Civil Veterinary Dept. North-West Frontier Province 1901-22 - 1901-1922
Year: 1901
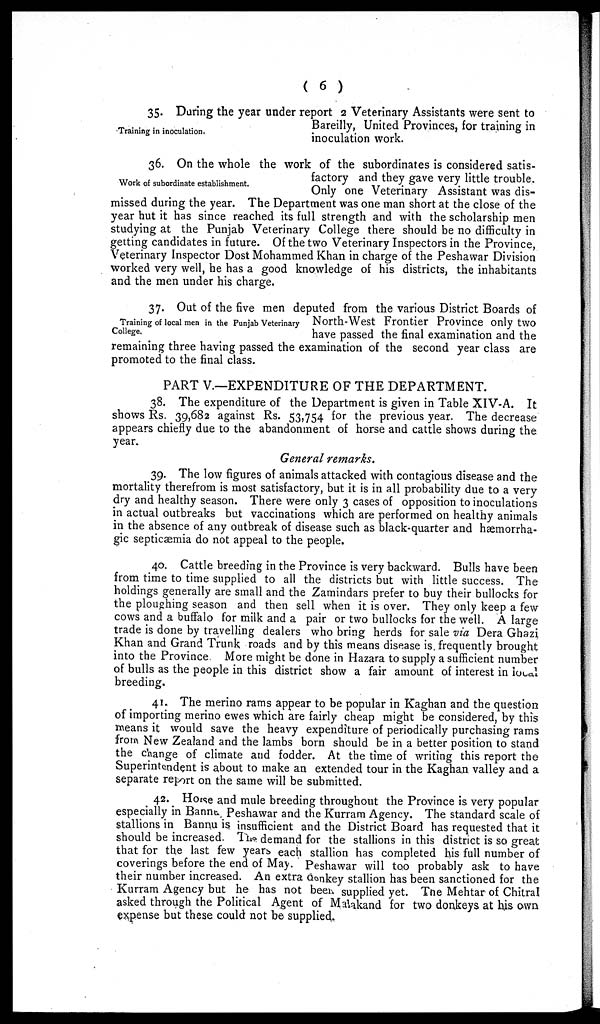
( 6 )
Training in inoculation.
35. During the year under report 2 Veterinary Assistants were sent to
Bareilly, United Provinces, for training in
inoculation work.
Work of subordinate establishment.
36. On the whole the work of the subordinates is considered satis-
factory and they gave very little trouble.
Only one Veterinary Assistant was dis-
missed during the year. The Department was one man short at the close of the
year hut it has since reached its full strength and with the scholarship men
studying at the Punjab Veterinary College there should be no difficulty in
getting candidates in future. Of the two Veterinary Inspectors in the Province,
Veterinary Inspector Dost Mohammed Khan in charge of the Peshawar Division
worked very well, he has a good knowledge of his districts, the inhabitants
and the men under his charge.
Training of local men in the Punjab Veterinary
College
37. Out of the five men deputed from the various District Boards of
North-West Frontier Province only two
have passed the final examination and the
remaining three having passed the examination of the second year class are
promoted to the final class.
PART V.—EXPENDITURE OF THE DEPARTMENT.
38. The expenditure of the Department is given in Table XIV-A. It
shows Rs. 39,682 against Rs. 53,754 for the previous year. The decrease
appears chiefly due to the abandonment of horse and cattle shows during the
year.
General remarks.
39. The low figures of animals attacked with contagious disease and the
mortality therefrom is most satisfactory, but it is in all probability due to a very
dry and healthy season. There were only 3 cases of opposition to inoculations
in actual outbreaks but vaccinations which are performed on healthy animals
in the absence of any outbreak of disease such as black-quarter and hæmorrha-
gic septicæmia do not appeal to the people.
40. Cattle breeding in the Province is very backward. Bulls have been
from time to time supplied to all the districts but with little success. The
holdings generally are small and the Zamindars prefer to buy their bullocks for
the ploughing season and then sell when it is over. They only keep a few
cows and a buffalo for milk and a pair or two bullocks for the well. A large
trade is done by travelling dealers who bring herds for sale via Dera Ghazi
Khan and Grand Trunk roads and by this means disease is frequently brought
into the Province. More might be done in Hazara to supply a sufficient number
of bulls as the people in this district show a fair amount of interest in local
breeding.
41. The merino rams appear to be popular in Kaghan and the question
of importing merino ewes which are fairly cheap might be considered, by this
means it would save the heavy expenditure of periodically purchasing rams
from New Zealand and the lambs born should be in a better position to stand
the change of climate and fodder. At the time of writing this report the
Superintendent is about to make an extended tour in the Kaghan valley and a
separate report on the same will be submitted.
42. Horse and mule breeding throughout the Province is very popular
especially in Bannu. Peshawar and the Kurram Agency. The standard scale of
stallions in Bannu is insufficient and the District Board has requested that it
should be increased. The demand for the stallions in this district is so great
that for the last few years each stallion has completed his full number of
coverings before the end of May. Peshawar will too probably ask to have
their number increased. An extra donkey stallion has been sanctioned for the
Kurram Agency but he has not been supplied yet. The Mehtar of Chitral
asked through the Political Agent of Malakand for two donkeys at his own
expense but these could not be supplied.